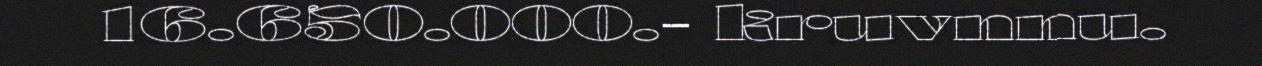
16.650.000.- kruvnnu.